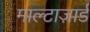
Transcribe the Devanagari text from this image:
माल्टाज़ार्ड